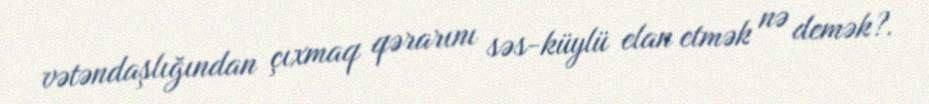
vətəndaşlığından çıxmaq qərarını səs-küylü elan etmək nə demək?.